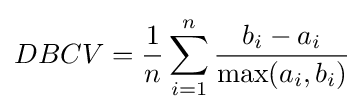
DBCV={\frac {1}{n}}\sum _{i=1}^{n}{\frac {b_{i}-a_{i}}{\max(a_{i},b_{i})}}